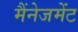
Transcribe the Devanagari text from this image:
मैंनेजमेंट